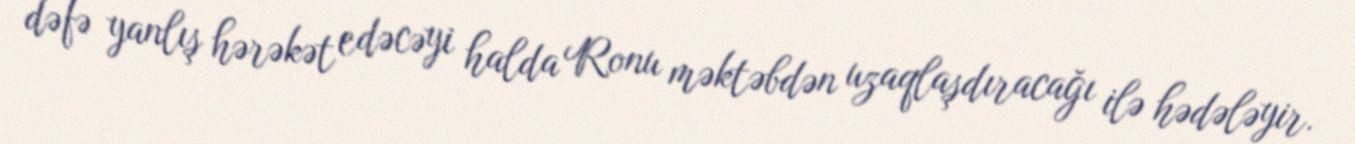
dəfə yanlış hərəkət edəcəyi halda Ronu məktəbdən uzaqlaşdıracağı ilə hədələyir.